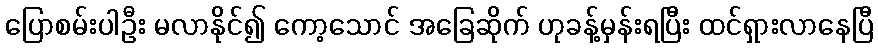
ပြောစမ်းပါဦး မလာနိုင်၍ ကော့သောင် အခြေဆိုက် ဟုခန့်မှန်းရပြီး ထင်ရှားလာနေပြီ